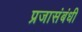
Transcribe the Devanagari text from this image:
प्रजासंबंधी